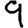
Digit: 9